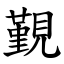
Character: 覲